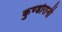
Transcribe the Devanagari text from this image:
कुण्‍डोरानी